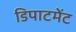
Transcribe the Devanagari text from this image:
डिपाटमेंट